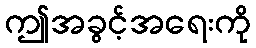
ဤအခွင့်အရေးကို